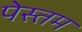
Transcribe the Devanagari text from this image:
पेस्तम